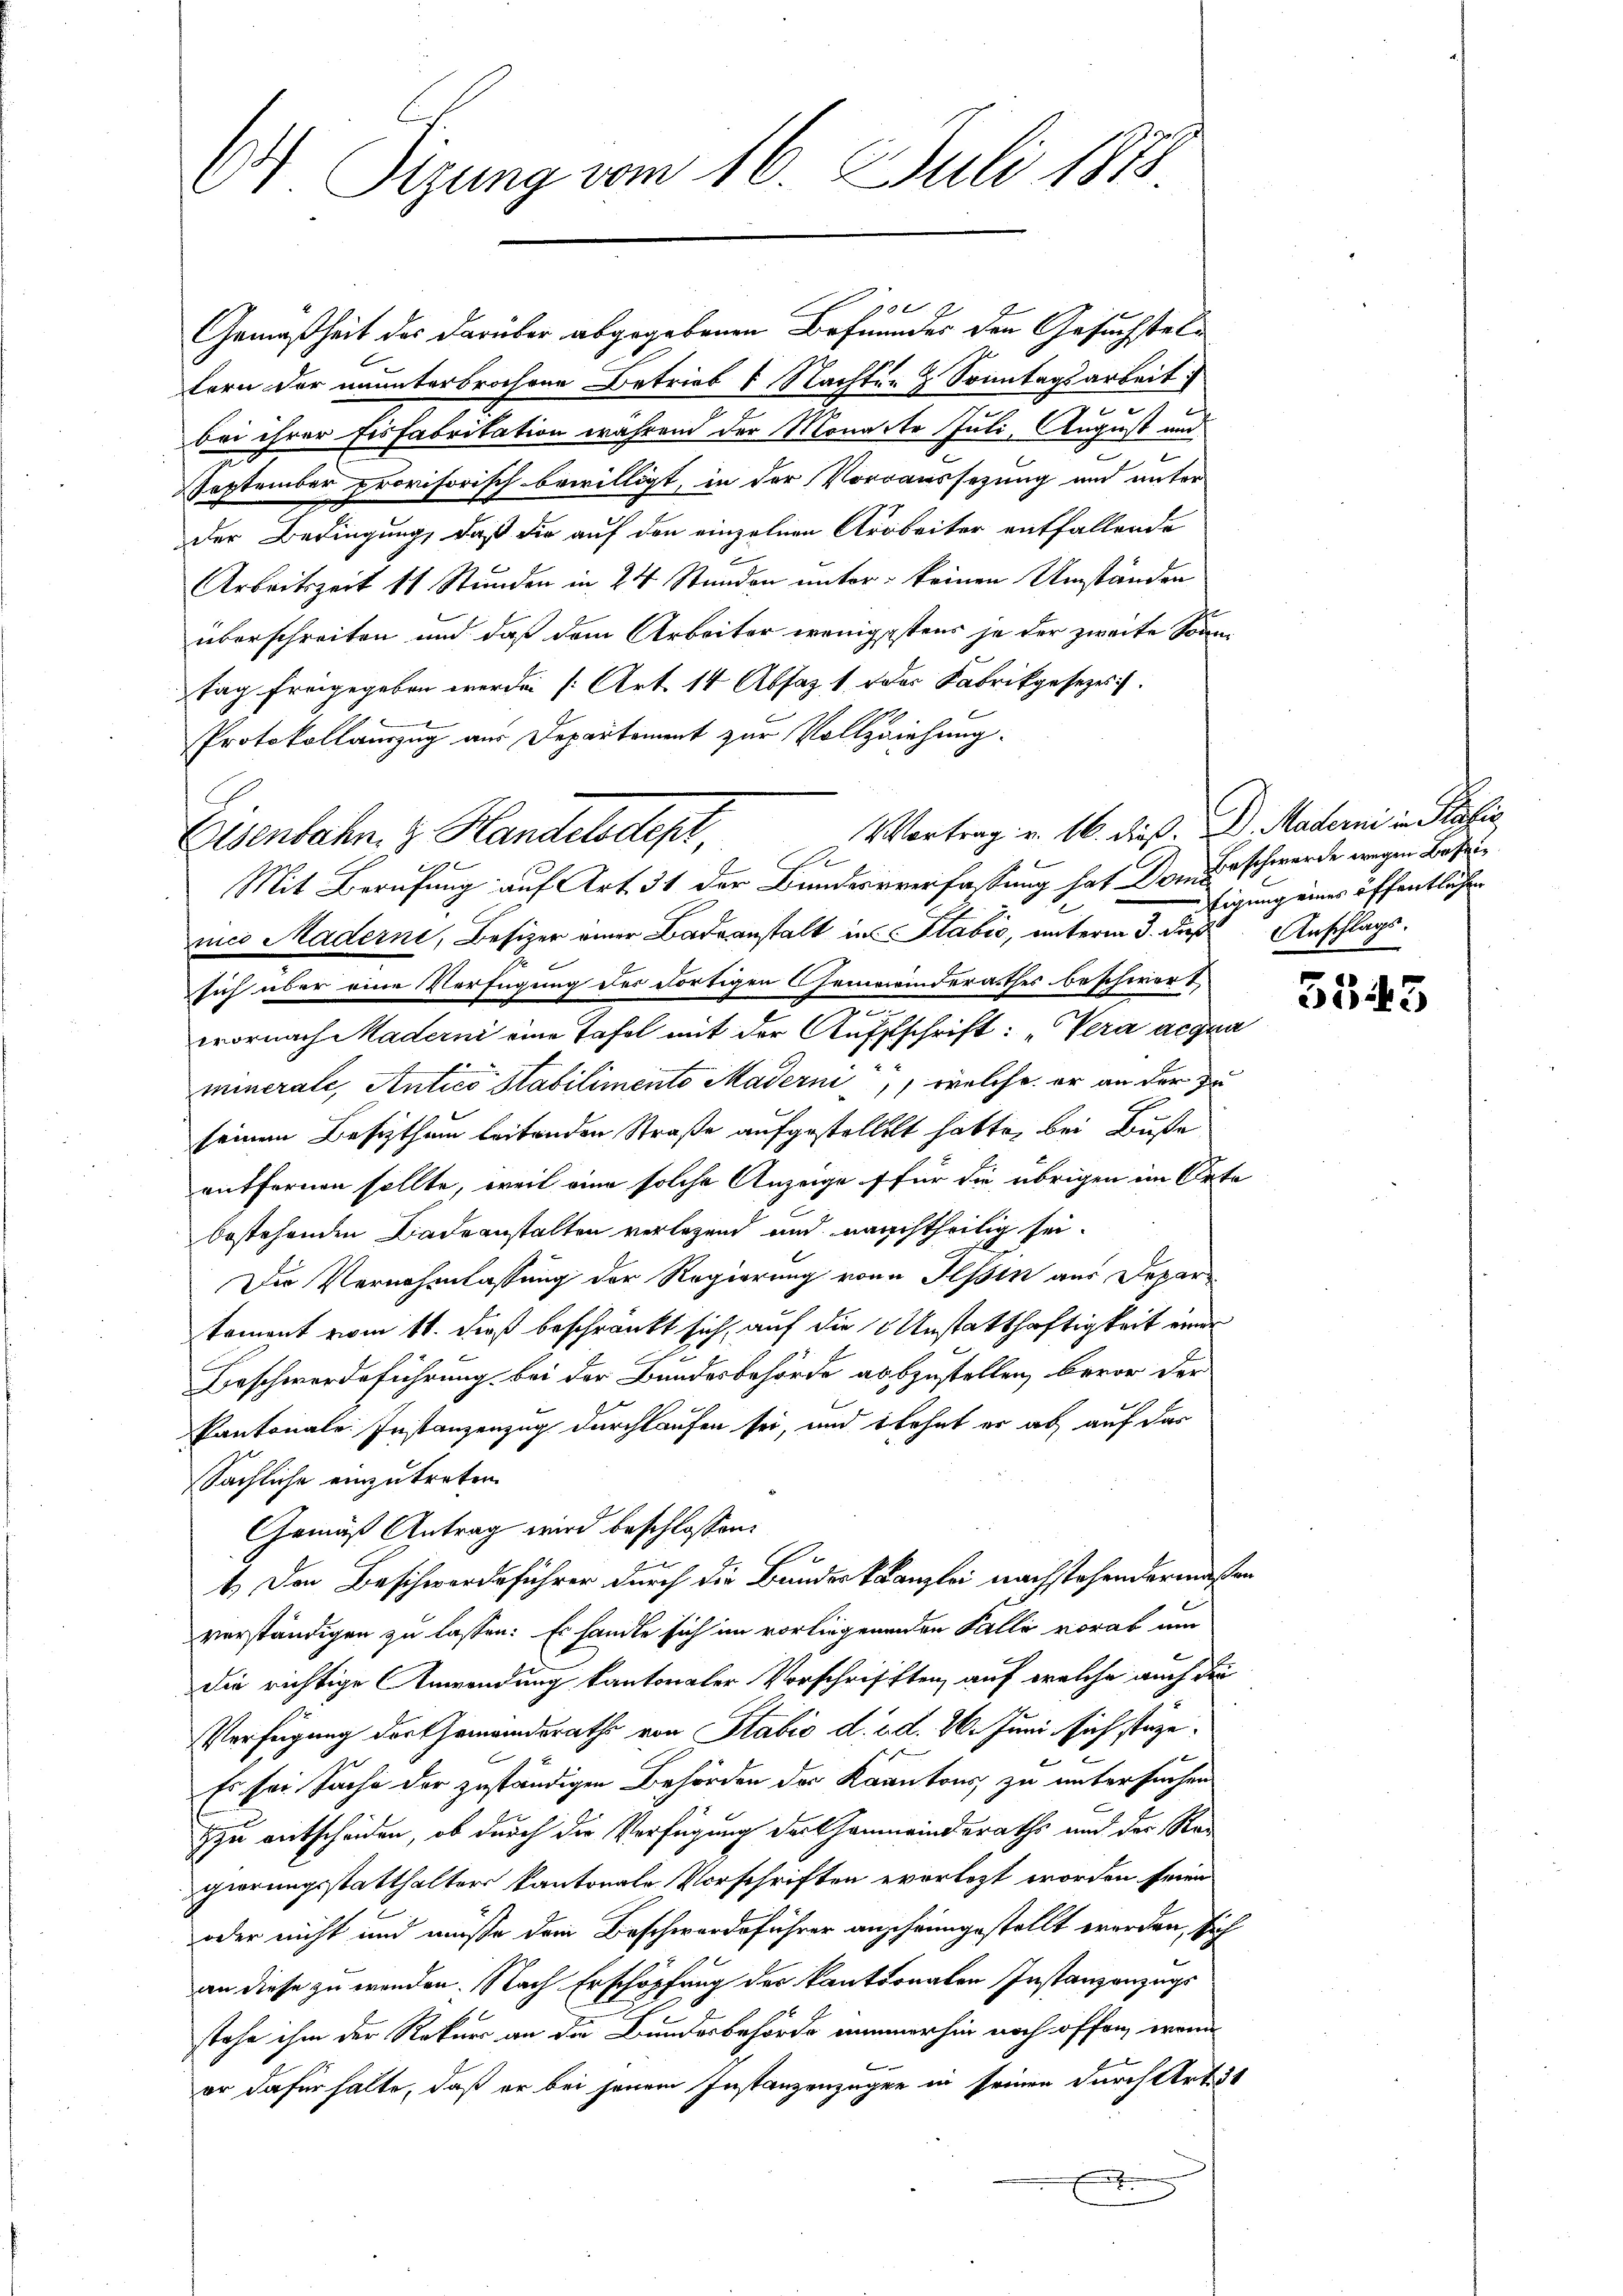
O Sizung vom 16. Juli 1873.

10
Gemäßheit des darüber abgegebenen Befundes den Gesuchsteltern der ununterbrochene Betrieb & Nachten & Sonntagsarbeit:
2
bei ihrer Eisfabrikation während der Monatte Juli, August und
d
September provisorisch bewilligt, in der Vorraussetzung und unter
der Bedingung, daß die auf den einzelnen Arbeiter entfallende
Arbeitszeit 11 Stunden in 24 Stunden unter keinen Umständen
überschreiten und daß dem Arbeiter wenigestens je der zweite Sonntag freigegeben werden [Art. 14 Absaz 1 oder Fabrikgesezes
Protokollauszug aus Departement zur Vollziehung.
Mit Berufung auf Art. 31 der Bundesverfassung hat Dom Erschwerde wegen Beseines Maderni, Besizer einer Badeanstalt in Stabić, unterm 3. dieß Anschlagssich über eine Verfügung des dortigen Gemeinderathes beschwert,
2
wornach Maderni eine Tafel mit der Aufsschrift: „Vera acqua
minerale, Antico Stabiliments Maderni, welche er an der Zu¬
7
seinem Besitzthum leitenden Straße aufgestellet hatte, bei Buße
entfernen sollte, weil eine solche Anzeige für die übrigen im Orte
bestehenden Badeanstalten verlegend und nauchtheilig sei.
Der Vernehmlassung der Regierung von Hessin aus Depar
toment vom 11. dieß beschränkt sich, auf die Unstatthaftigkeit einer
Beschwerdeführung bei der Bundesbehörde abzustellen, bevor der
Pantonale Instanzenzug durchlaufen sei, und lehnt er ab, auf das
Sächliche einzutreten.
Gemäß Antrag wird beschlossen:
e
1.) Den Beschwerdeführer durch die Bundeskanzlei nachstehendermaßen
verständigen zu lassen: Es handle sich im vorliegenenden Falle vorab um
die richtige Anwendung kantonaler Vorschrifften, auf welche auch die
Verfügung der Gemeindsraths von Stabio d. d. d. 26. Juni sich stüze¬
Es sei Sache der zuständigen Behörden der Kantons, zu untersuchen
zu entscheiden, ob durch die Verfügung darthanmeindsraths und der Regierungsstatthalters kantonale Vorschriften everlegt worden seien
oder nicht und müsse dem Beschwerdeführer anscheingestellt werden, sich
an diese zu werden. Nach Erschöpfung der kantonalen Instanzenzugs
stehe ihm der Rekurs an die Bundesbehörde nimmerhin noch offen, wenn

er dafür halte, daß er bei jenem Instanzenzügen in seinen durch Art. 51

Eisenbahn z. Handelsdepr
.

Vortrag v. 16. dieß. D. Maderni in Polic

tigung eines öffentlichen

5543